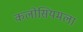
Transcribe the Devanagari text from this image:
कलोसियमला